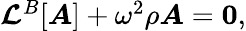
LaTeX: \begin{array}{r}{\boldsymbol{\mathcal{L}}^{B}[\boldsymbol{A}]+\omega^{2}\rho\boldsymbol{A}=\boldsymbol{0},}\end{array}